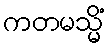
ကတမသ္မိံ